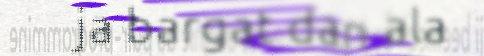
ja bargat dan ala